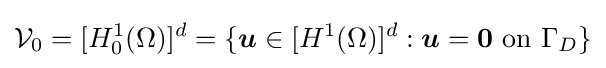
{\mathcal {V}}_{0}=[H_{0}^{1}(\Omega )]^{d}=\{{\boldsymbol {u}}\in [H^{1}(\Omega )]^{d}:{\boldsymbol {u}}={\boldsymbol {0}}{\text{ on }}\Gamma _{D}\}